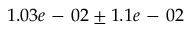
1 . 0 3 e \mathrm { ~ - ~ } 0 2 \pm 1 . 1 e \mathrm { ~ - ~ } 0 2